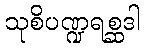
သုစိပဏ္ဍရစ္ဆဒါ